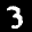
Label: 3